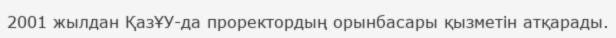
2001 жылдан ҚазҰУ-да проректордың орынбасары қызметін атқарады.